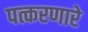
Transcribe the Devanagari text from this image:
पत्करणारे